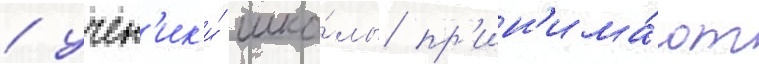
/ учен'ик'и́ шко́лы пр'ин'има́ют